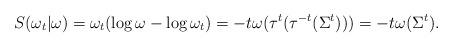
LaTeX: \begin{align*}S(\omega_t \vert \omega ) = \omega_t ( \log \omega - \log \omega_t ) = - t \omega ( \tau^t ( \tau^{-t} (\Sigma ^t ) ) ) = - t \omega (\Sigma^t ).\end{align*}